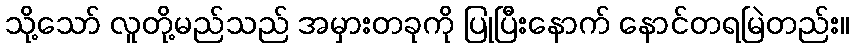
သို့သော် လူတို့မည်သည် အမှားတခုကို ပြုပြီးနောက် နောင်တရမြဲတည်း။